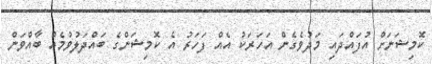
ކޮމިޝަނަށް އުފައްދައި މަދުވެގެން އަހަރަކު އެއް ފަހަރު އެ ކޮމިޝަންގެ ބައްދަލުވުމެއް ބާއްވަން